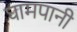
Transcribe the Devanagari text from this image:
घामपानी